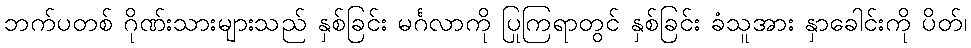
ဘက်ပတစ် ဂိုဏ်းသားများသည် နှစ်ခြင်း မင်္ဂလာကို ပြုကြရာတွင် နှစ်ခြင်း ခံသူအား နှာခေါင်းကို ပိတ်၊